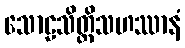
သောဠသိတ္ထိသဟဿာနံ